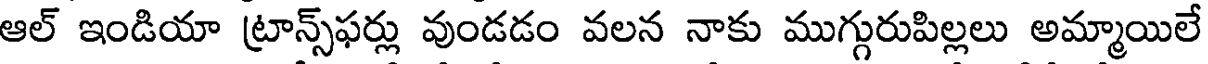
ఆల్ ఇండియా ట్రాన్స్ఫర్లు వుండడం వలన నాకు ముగ్గురుపిల్లలు అమ్మాయిలే